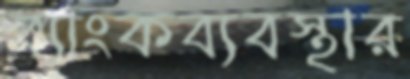
ব্যাংকব্যবস্থার